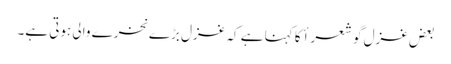
بعض غزل گو شعرأ کا کہنا ہے کہ غزل بڑے نخرے والی ہوتی ہے۔